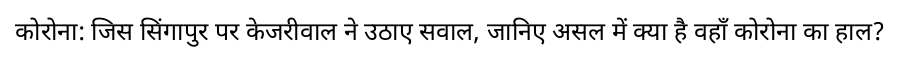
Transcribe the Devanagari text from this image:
कोरोना: जिस सिंगापुर पर केजरीवाल ने उठाए सवाल, जानिए असल में क्या है वहाँ कोरोना का हाल?